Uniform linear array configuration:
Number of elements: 24
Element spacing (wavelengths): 0.25
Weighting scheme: hann
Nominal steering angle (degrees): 60
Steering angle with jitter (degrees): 61.028
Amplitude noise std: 0.05
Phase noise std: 0.05

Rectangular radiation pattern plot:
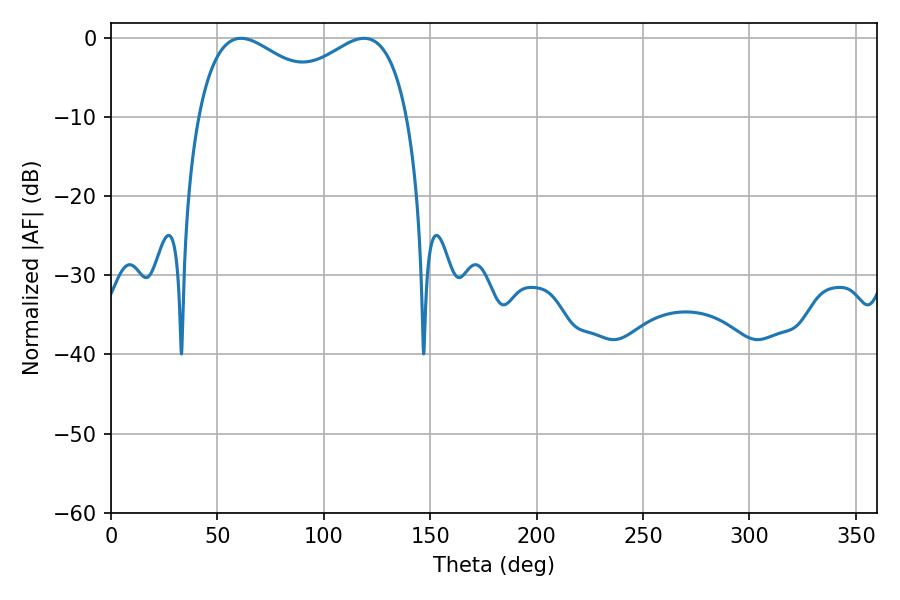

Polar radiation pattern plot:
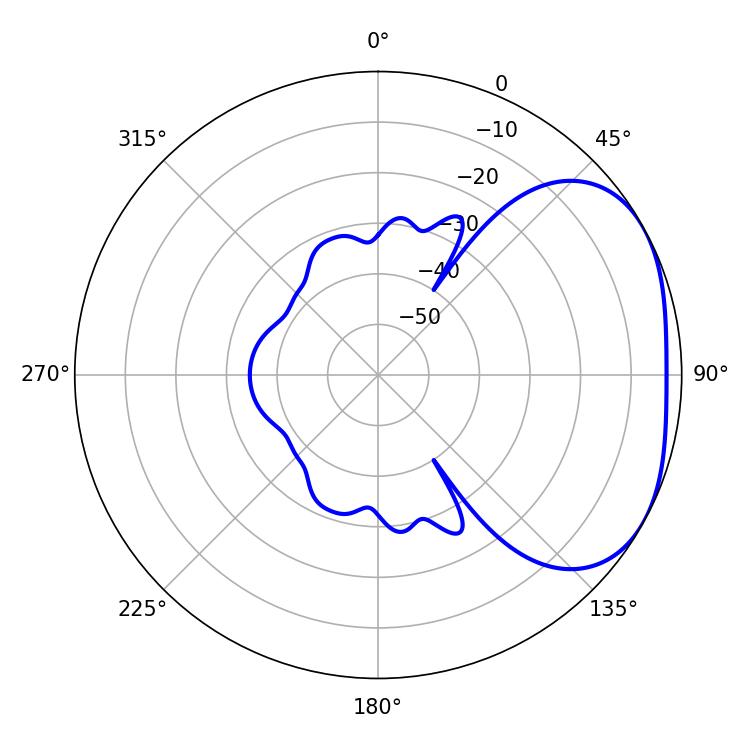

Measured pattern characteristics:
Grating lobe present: FALSE
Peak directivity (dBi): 2.852
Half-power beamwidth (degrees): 82.44
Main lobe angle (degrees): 61.02